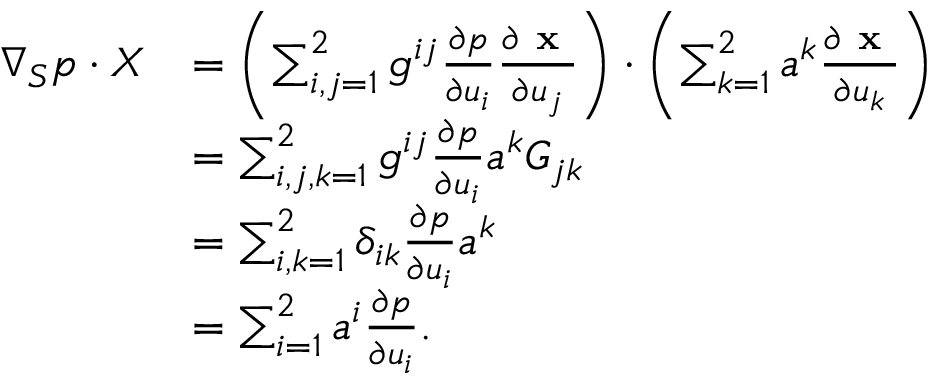
\begin{array} { r l } { \nabla _ { S } p \cdot X } & { = \left( \sum _ { i , j = 1 } ^ { 2 } g ^ { i j } \frac { \partial p } { \partial u _ { i } } \frac { \partial \textbf { x } } { \partial u _ { j } } \right) \cdot \left( \sum _ { k = 1 } ^ { 2 } a ^ { k } \frac { \partial \textbf { x } } { \partial u _ { k } } \right) } \\ & { = \sum _ { i , j , k = 1 } ^ { 2 } g ^ { i j } \frac { \partial p } { \partial u _ { i } } a ^ { k } G _ { j k } } \\ & { = \sum _ { i , k = 1 } ^ { 2 } \delta _ { i k } \frac { \partial p } { \partial u _ { i } } a ^ { k } } \\ & { = \sum _ { i = 1 } ^ { 2 } a ^ { i } \frac { \partial p } { \partial u _ { i } } . } \end{array}